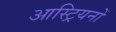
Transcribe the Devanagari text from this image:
आस्ट्रियनों